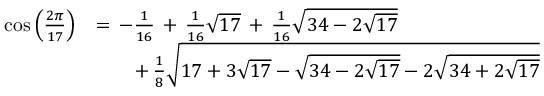
{ \begin{array} { r l } { \cos { \left( { \frac { 2 \pi } { 1 7 } } \right) } } & { = \, - { \frac { 1 } { 1 6 } } \, + \, { \frac { 1 } { 1 6 } } { \sqrt { 1 7 } } \, + \, { \frac { 1 } { 1 6 } } { \sqrt { 3 4 - 2 { \sqrt { 1 7 } } } } } \\ & { \qquad + \, { \frac { 1 } { 8 } } { \sqrt { 1 7 + 3 { \sqrt { 1 7 } } - { \sqrt { 3 4 - 2 { \sqrt { 1 7 } } } } - 2 { \sqrt { 3 4 + 2 { \sqrt { 1 7 } } } } } } } \end{array} }